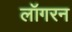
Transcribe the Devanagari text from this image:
लॉगरन